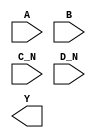
/**
 * Copyright 2020 The SkyWater PDK Authors
 *
 * Licensed under the Apache License, Version 2.0 (the "License");
 * you may not use this file except in compliance with the License.
 * You may obtain a copy of the License at
 *
 *     https://www.apache.org/licenses/LICENSE-2.0
 *
 * Unless required by applicable law or agreed to in writing, software
 * distributed under the License is distributed on an "AS IS" BASIS,
 * WITHOUT WARRANTIES OR CONDITIONS OF ANY KIND, either express or implied.
 * See the License for the specific language governing permissions and
 * limitations under the License.
 *
 * SPDX-License-Identifier: Apache-2.0
 */

`ifndef SKY130_FD_SC_HD__NOR4BB_SYMBOL_V
`define SKY130_FD_SC_HD__NOR4BB_SYMBOL_V

/**
 * nor4bb: 4-input NOR, first two inputs inverted.
 *
 * Verilog stub (without power pins) for graphical symbol definition
 * generation.
 *
 * WARNING: This file is autogenerated, do not modify directly!
 */

`timescale 1ns / 1ps
`default_nettype none

(* blackbox *)
module sky130_fd_sc_hd__nor4bb (
    //# {{data|Data Signals}}
    input  A  ,
    input  B  ,
    input  C_N,
    input  D_N,
    output Y
);

    // Voltage supply signals
    supply1 VPWR;
    supply0 VGND;
    supply1 VPB ;
    supply0 VNB ;

endmodule

`default_nettype wire
`endif  // SKY130_FD_SC_HD__NOR4BB_SYMBOL_V